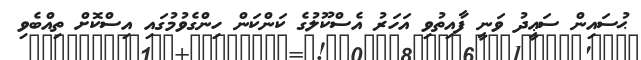
ޙުސައިން ސަޢީދު ވަނީ ފާއިތުވި އަހަރު އެސްކޫލުގެ ކަންކަން ހިންގެވުުމުގައި އިސްކޮށް ތިއްބެވި